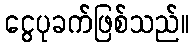
ငွေပုခက်ဖြစ်သည်။